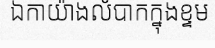
ឯកាយ៉ាងលំបាកក្នុងខ្ទម